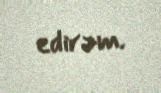
edirəm.